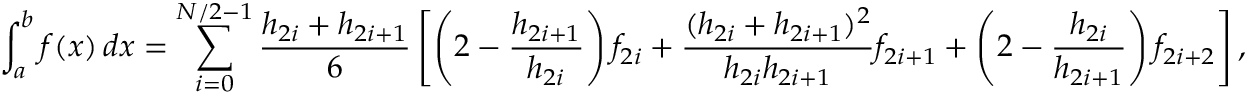
\int _ { a } ^ { b } f ( x ) \, d x = \sum _ { i = 0 } ^ { N / 2 - 1 } { \frac { h _ { 2 i } + h _ { 2 i + 1 } } { 6 } } \left[ \left( 2 - { \frac { h _ { 2 i + 1 } } { h _ { 2 i } } } \right) f _ { 2 i } + { \frac { ( h _ { 2 i } + h _ { 2 i + 1 } ) ^ { 2 } } { h _ { 2 i } h _ { 2 i + 1 } } } f _ { 2 i + 1 } + \left( 2 - { \frac { h _ { 2 i } } { h _ { 2 i + 1 } } } \right) f _ { 2 i + 2 } \right] ,